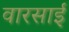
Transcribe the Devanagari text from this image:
वारसाई